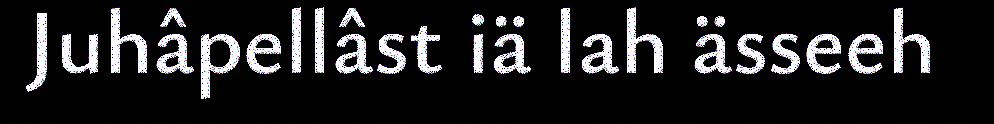
Juhâpellâst iä lah ässeeh